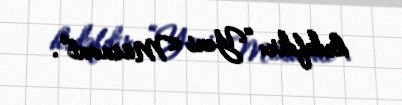
hədəfdir: “Yeni Müsavat”.